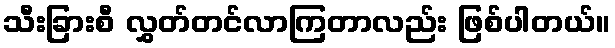
သီးခြားစီ လွှတ်တင်လာကြတာလည်း ဖြစ်ပါတယ်။